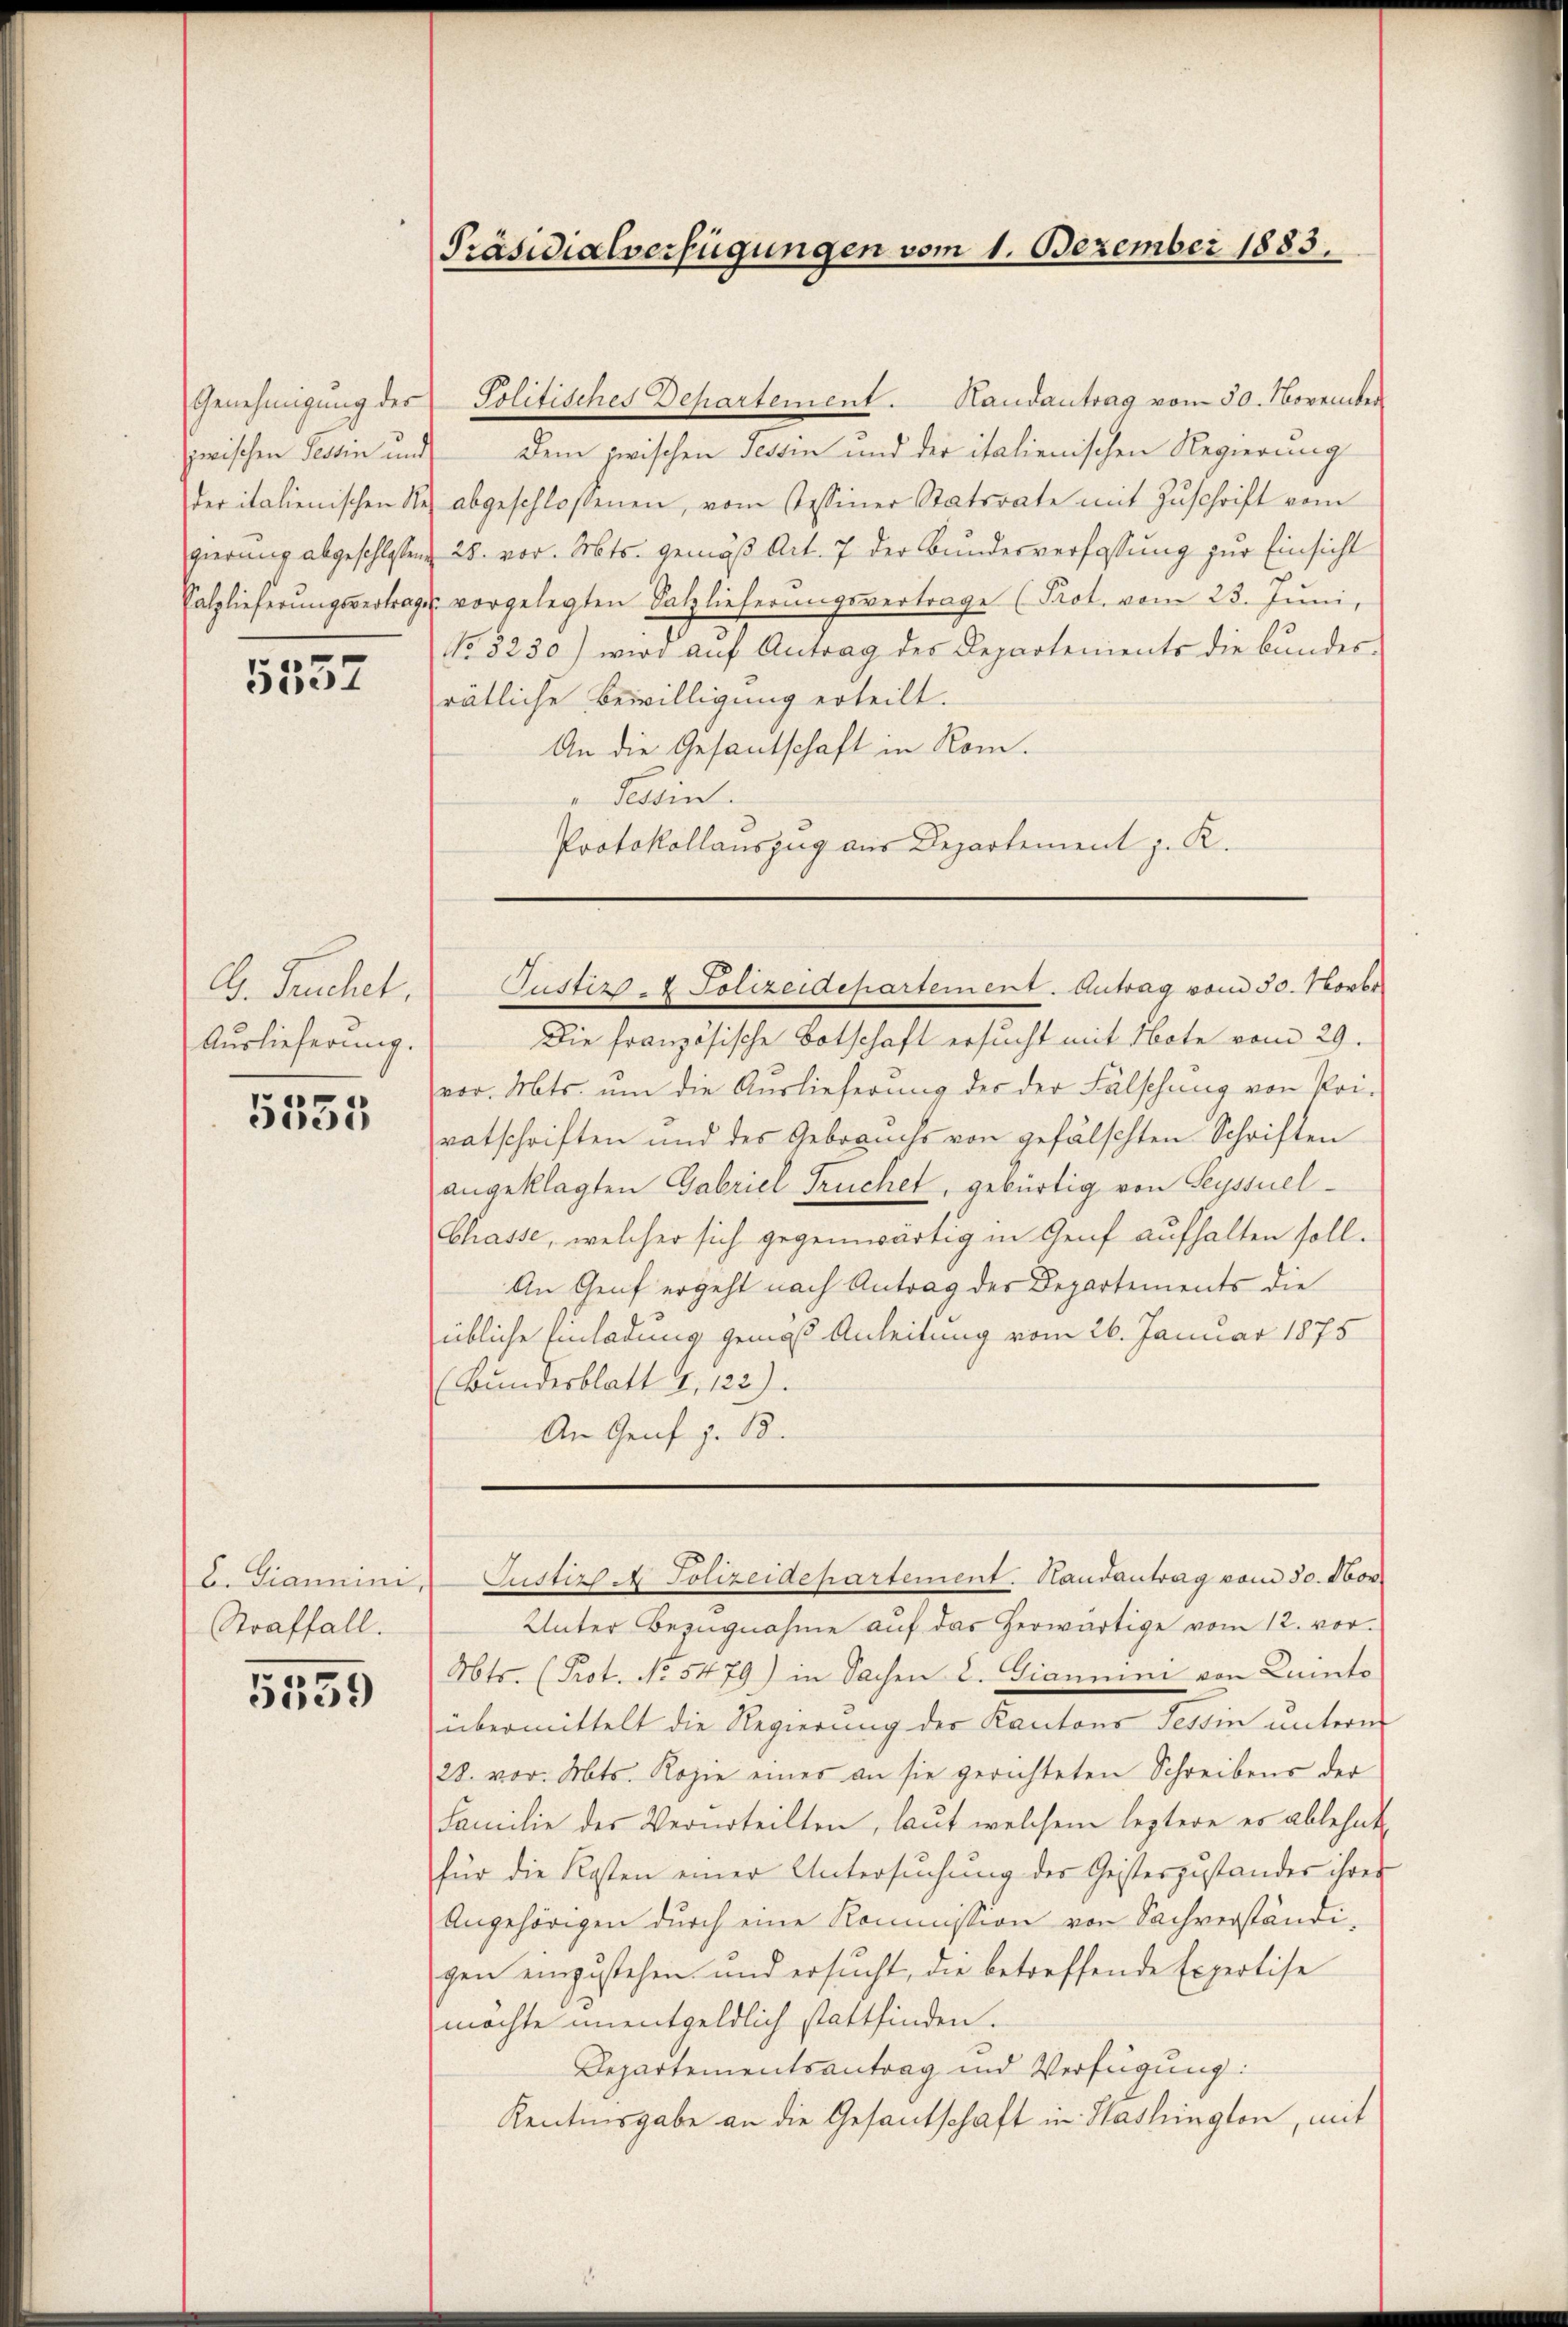
Genehmigung der

5532

Dr. Fruchet,
Auslieferung.

5535

C. Giannini,
Straffall.

5339

Präsidialverfügungen vom 1. Dezember 1883.

Politisches Departement. Handantrag vom 30. November
zwischen Tessin und dem zwischen Tessin und der italienischen Regierung
der italienischen Re abgeschlossenen, vom Tessiner Statsrate mit Zuschrift vom
gierung abgeschlossen 28. vor. Mts. gemäß Art. 7 der Bundesverfassung zur Einsicht
Salzlieferungsvertrage vorgelegten Salzlieferungsvertrage (Prot. vom 23. Juni,
No 8230) wird aŭf Antrag des Departements die bunder-
rätliche Bewilligung erteilt.
An die Gesantschaft in Rom.
" Tessin.
Protokollauszug aus Departement z. R.

Die französische Botschaft ersucht mit Note vom 29.
vor. Mts. um die Auslieferung des der Fälschung von Pri-
vatschriften und des Gebrauchs von gefälschten Schriften
angeklagten Gabriel Truchet, gebürtig von Seyssuel¬
Chasse, welcher sich gegenwärtig in Genf aufhalten soll.
An Genf ergeht nach Antrag des Departements die
übliche Einladung gemäß Anleitung vom 26. Januar 1875
(Bundesblatt 4, 122)
An Genf z. 18.
Justiz A Polizeidepartement. Handantrag vom 30. Nov.
Unter Bezugnahme auf das herwärtige vom 12. vor.
Abts. (Prot. No. 5479) in Sachen L. Gianmni von Lainto
übermittelt die Regierung der Kantons Tessin unterm
28. vor. Mts. Kopie einer an sie gerichteten Schreibens der
Familie der Verurteilten, laut welchem leztere es ablehnt,
für die Kosten einer Untersuchung der Geisterzustandes ihrer
Angehörigen durch eine Kommission von Sachverständi-
gen einzustehen und ersŭcht, die betreffende Expertise
möchte unentgeldlich stattfinden.
Departementsantrag und Verfügung:
Kentinsgabe an die Gesantschaft in Washington, mit

Justiz- & Polizeidepartement. Antrag vom 30. Novbr.